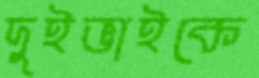
দুইভাইকে